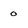
Character: o